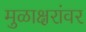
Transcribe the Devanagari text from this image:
मुळाक्षरांवर